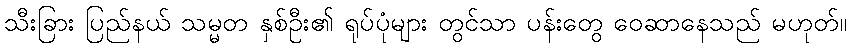
သီးခြား ပြည်နယ် သမ္မတ နှစ်ဦး၏ ရုပ်ပုံများ တွင်သာ ပန်းတွေ ဝေဆာနေသည် မဟုတ်။